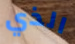
الذي